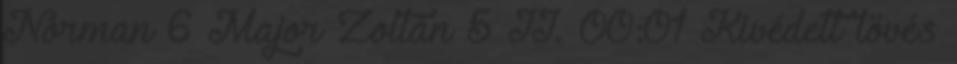
Norman 6 Major Zoltán 5 II. 00:01 Kivédett lövés